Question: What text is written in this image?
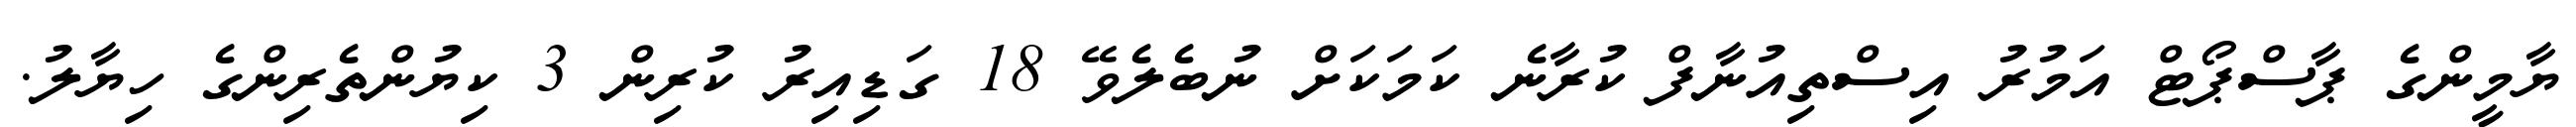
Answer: ޔާމީންގެ ޕާސްޕޯޓް އަމުރު އިސްތިއުނާފް ކުރާނެ ކަމަކަށް ނުބެލެވޭ 18 ގަޑިއިރު ކުރިން 3 ކިޔުންތެރިންގެ ހިޔާލު.